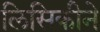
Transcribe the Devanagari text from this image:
लिसिकीने